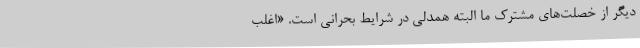
دیگر از خصلت‌های مشترک ما البته همدلی در شرایط بحرانی است. «اغلب